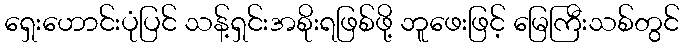
ရှေးဟောင်းပုံပြင် သန့်ရှင်းအစိုးရဖြစ်ဖို့ ဘူဖေးဖြင့် မြေကြီးသစ်တွင်